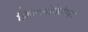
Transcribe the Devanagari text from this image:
फ़िल्लोकेरीडा